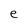
Character: e